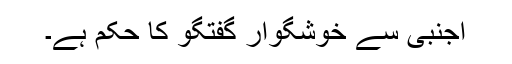
اجنبی سے خوشگوار گفتگو کا حکم ہے۔